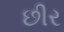
છીર